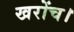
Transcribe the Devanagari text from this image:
खरोंच।